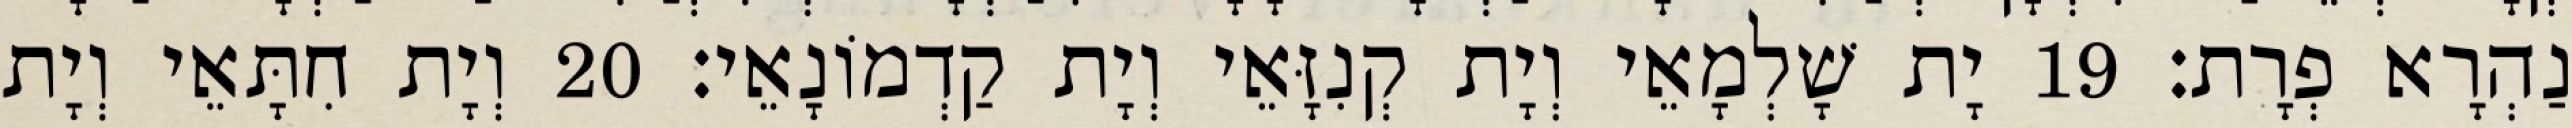
נַהְרָא פְרָת׃ 19 יָת שָׁלְמָאֵי וְיָת קְנִזָּאֵי וְיָת קַדְמוֹנָאֵי׃ 20 וְיָת חִתָּאֵי וְיָת